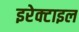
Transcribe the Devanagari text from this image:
इरेक्टाइल